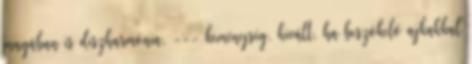
magában is diszharmónia, --- keménység, kivált, ha beszökelő ajkakkal